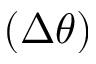
( \Delta \theta )